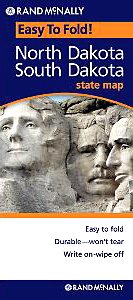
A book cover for Rand McNally Easy To Fold: North Dakota, South Dakota (Laminated) (Rand McNally Easyfinder); Rand McNally; Travel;